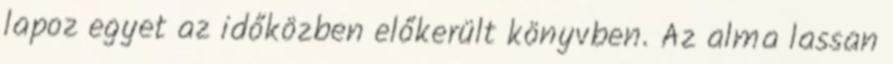
lapoz egyet az időközben előkerült könyvben. Az alma lassan